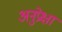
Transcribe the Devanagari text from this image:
अनुप्रेक्षा